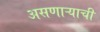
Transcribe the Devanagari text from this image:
असणाऱ्याची